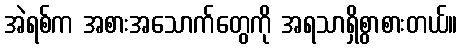
အဲရစ်က အစားအသောက်တွေကို အရသာရှိစွာစားတယ်။